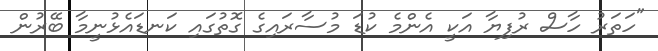
"ހަތަރު ހާސް ރުފިޔާ އަކީ އެންމެ ކުޑަ މުސާރައިގެ ގޮތުގައި ކަނޑައެޅުނީމާ ބޭރުން